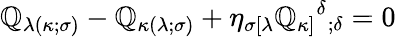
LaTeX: \mathbb{Q}_{\lambda(\kappa;\sigma)}-\mathbb{Q}_{\kappa(\lambda;\sigma)}+\eta_{\sigma[\lambda}\mathbb{Q}_{\kappa]}{^\delta}_{;\delta}=0